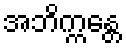
အဘိက္ကန္တေ